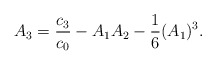
\begin{align*}A_{3}={c_{3}\over c_{0}}-A_{1}A_{2}-{1\over 6}(A_{1})^{3}.\end{align*}